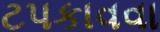
ટપકાવવા